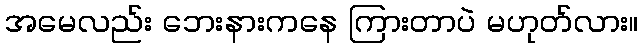
အမေလည်း ဘေးနားကနေ ကြားတာပဲ မဟုတ်လား။